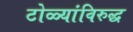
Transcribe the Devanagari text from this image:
टोळ्यांविरुद्ध